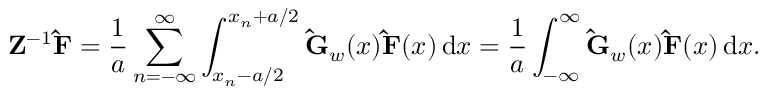
\mathbf { Z } ^ { - 1 } \mathbf { \hat { F } } = \frac { 1 } { a } \sum _ { n = - \infty } ^ { \infty } \int _ { x _ { n } - a / 2 } ^ { x _ { n } + a / 2 } \mathbf { \hat { G } } _ { w } ( x ) \mathbf { \hat { F } } ( x ) \, \mathrm { d } x = \frac { 1 } { a } \int _ { - \infty } ^ { \infty } \mathbf { \hat { G } } _ { w } ( x ) \mathbf { \hat { F } } ( x ) \, \mathrm { d } x .